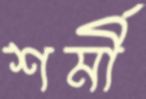
শর্মী